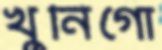
খুনিগো